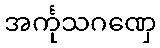
အင်္ကုသဂဏှေ